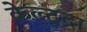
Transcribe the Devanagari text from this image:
केल्टूदा